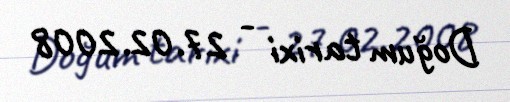
Doğum tarixi - 27.02.2008